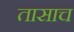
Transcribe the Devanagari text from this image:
तासाच